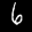
Label: 6